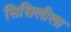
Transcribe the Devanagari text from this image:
सिसिलीला